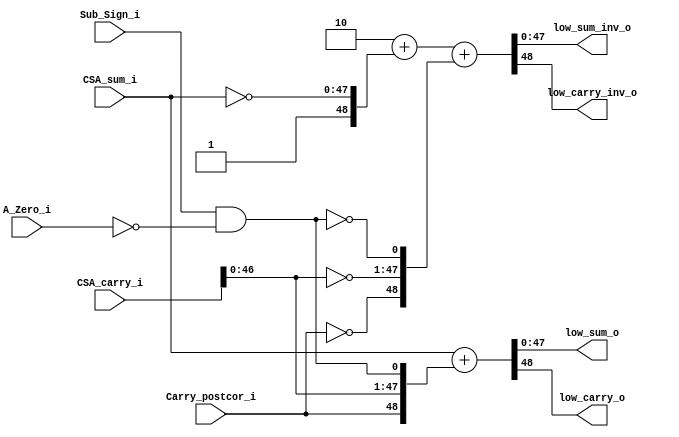
`timescale 1ns / 1ps
//////////////////////////////////////////////////////////////////////////////////
//  Module Name:     EACAdder
//  Project Name:    IEEE-754 & RISC-V Compatible Multiply-Accumulate Unit
//  HDL(Version):    Verilog-2005
//
//  Dependencies:    None
//
//////////////////////////////////////////////////////////////////////////////////
//  Description:    An adder outputs a positive magnitude result and preferably
//                  only need to conditionally complement one operand
//
//////////////////////////////////////////////////////////////////////////////////
//  Revision:
//  07/29/2022 - I/O port names renamed with correct suffix
//  08/06/2022 - Add A_Zero_i signal to detect A is -0, in order to avoid false end round carry
//  09/12/2022 - Add BSD-3-Clause Licence
//
//////////////////////////////////////////////////////////////////////////////////
//  License information:
//
//  This software is released under the BSD-3-Clause Licence,
//  see https://opensource.org/licenses/BSD-3-Clause for details.
//  In the following license statements, "software" refers to the
//  "source code" of the complete hardware/software system.
//
//  Copyright 2022,
//                    Embedded Intelligent Systems Lab (EISL)
//                    Deparment of Computer Science
//                    National Yang Ming Chiao Tung Uniersity
//                    Hsinchu, Taiwan.
//
//  All rights reserved.
//
//  Redistribution and use in source and binary forms, with or without
//  modification, are permitted provided that the following conditions are met:
//
//  1. Redistributions of source code must retain the above copyright notice,
//     this list of conditions and the following disclaimer.
//
//  2. Redistributions in binary form must reproduce the above copyright notice,
//     this list of conditions and the following disclaimer in the documentation
//     and/or other materials provided with the distribution.
//
//  3. Neither the name of the copyright holder nor the names of its contributors
//     may be used to endorse or promote products derived from this software
//     without specific prior written permission.
//
//  THIS SOFTWARE IS PROVIDED BY THE COPYRIGHT HOLDERS AND CONTRIBUTORS "AS IS"
//  AND ANY EXPRESS OR IMPLIED WARRANTIES, INCLUDING, BUT NOT LIMITED TO, THE
//  IMPLIED WARRANTIES OF MERCHANTABILITY AND FITNESS FOR A PARTICULAR PURPOSE
//  ARE DISCLAIMED. IN NO EVENT SHALL THE COPYRIGHT HOLDER OR CONTRIBUTORS BE
//  LIABLE FOR ANY DIRECT, INDIRECT, INCIDENTAL, SPECIAL, EXEMPLARY, OR
//  CONSEQUENTIAL DAMAGES (INCLUDING, BUT NOT LIMITED TO, PROCUREMENT OF
//  SUBSTITUTE GOODS OR SERVICES; LOSS OF USE, DATA, OR PROFITS; OR BUSINESS
//  INTERRUPTION) HOWEVER CAUSED AND ON ANY THEORY OF LIABILITY, WHETHER IN
//  CONTRACT, STRICT LIABILITY, OR TORT (INCLUDING NEGLIGENCE OR OTHERWISE)
//  ARISING IN ANY WAY OUT OF THE USE OF THIS SOFTWARE, EVEN IF ADVISED OF THE
//  POSSIBILITY OF SUCH DAMAGE.
//////////////////////////////////////////////////////////////////////////////////


module EACAdder #(
    parameter PARM_MANT = 23
) (
    input [2*PARM_MANT + 1 : 0] CSA_sum_i,
    input [2*PARM_MANT + 1 : 0] CSA_carry_i,
    input Carry_postcor_i,
    input Sub_Sign_i,
    input A_Zero_i,    

    output [2*PARM_MANT + 1 : 0] low_sum_o,
    output low_carry_o,
    output [2*PARM_MANT + 1 : 0] low_sum_inv_o,
    output low_carry_inv_o);

    wire end_round_carry = Sub_Sign_i & (~A_Zero_i);
    assign {low_carry_o, low_sum_o} =  CSA_sum_i + {Carry_postcor_i, CSA_carry_i[2*PARM_MANT : 0], end_round_carry};
    assign {low_carry_inv_o, low_sum_inv_o} = 2'b10 + {1'b1, ~CSA_sum_i} + {~Carry_postcor_i, ~CSA_carry_i[2*PARM_MANT : 0], ~end_round_carry};

endmodule